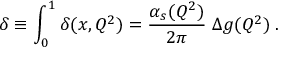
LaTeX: \delta \equiv \int _ { 0 } ^ { 1 } \delta ( x , Q ^ { 2 } ) = { \frac { \alpha _ { s } ( Q ^ { 2 } ) } { 2 \pi } } \; \Delta g ( Q ^ { 2 } ) \; .